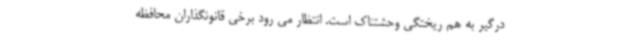
درگیر به هم ریختگی وحشتناک است. انتظار می رود برخی قانونگذاران محافظه